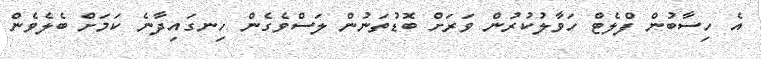
އެ ހިސާބުން ފްލެޓް ހަވާލުކުރުން ވަރަށް ބޮޑުތަނުން ލަސްވެގެން ހިނގައިދާނެ ކަމަށް ބެލެވެން